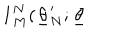
LaTeX: \mathbf { 1 } _ { M } ^ { N } ( \underline { { { \theta } } } _ { N } ^ { \prime } ; \underline { { { \theta } } }